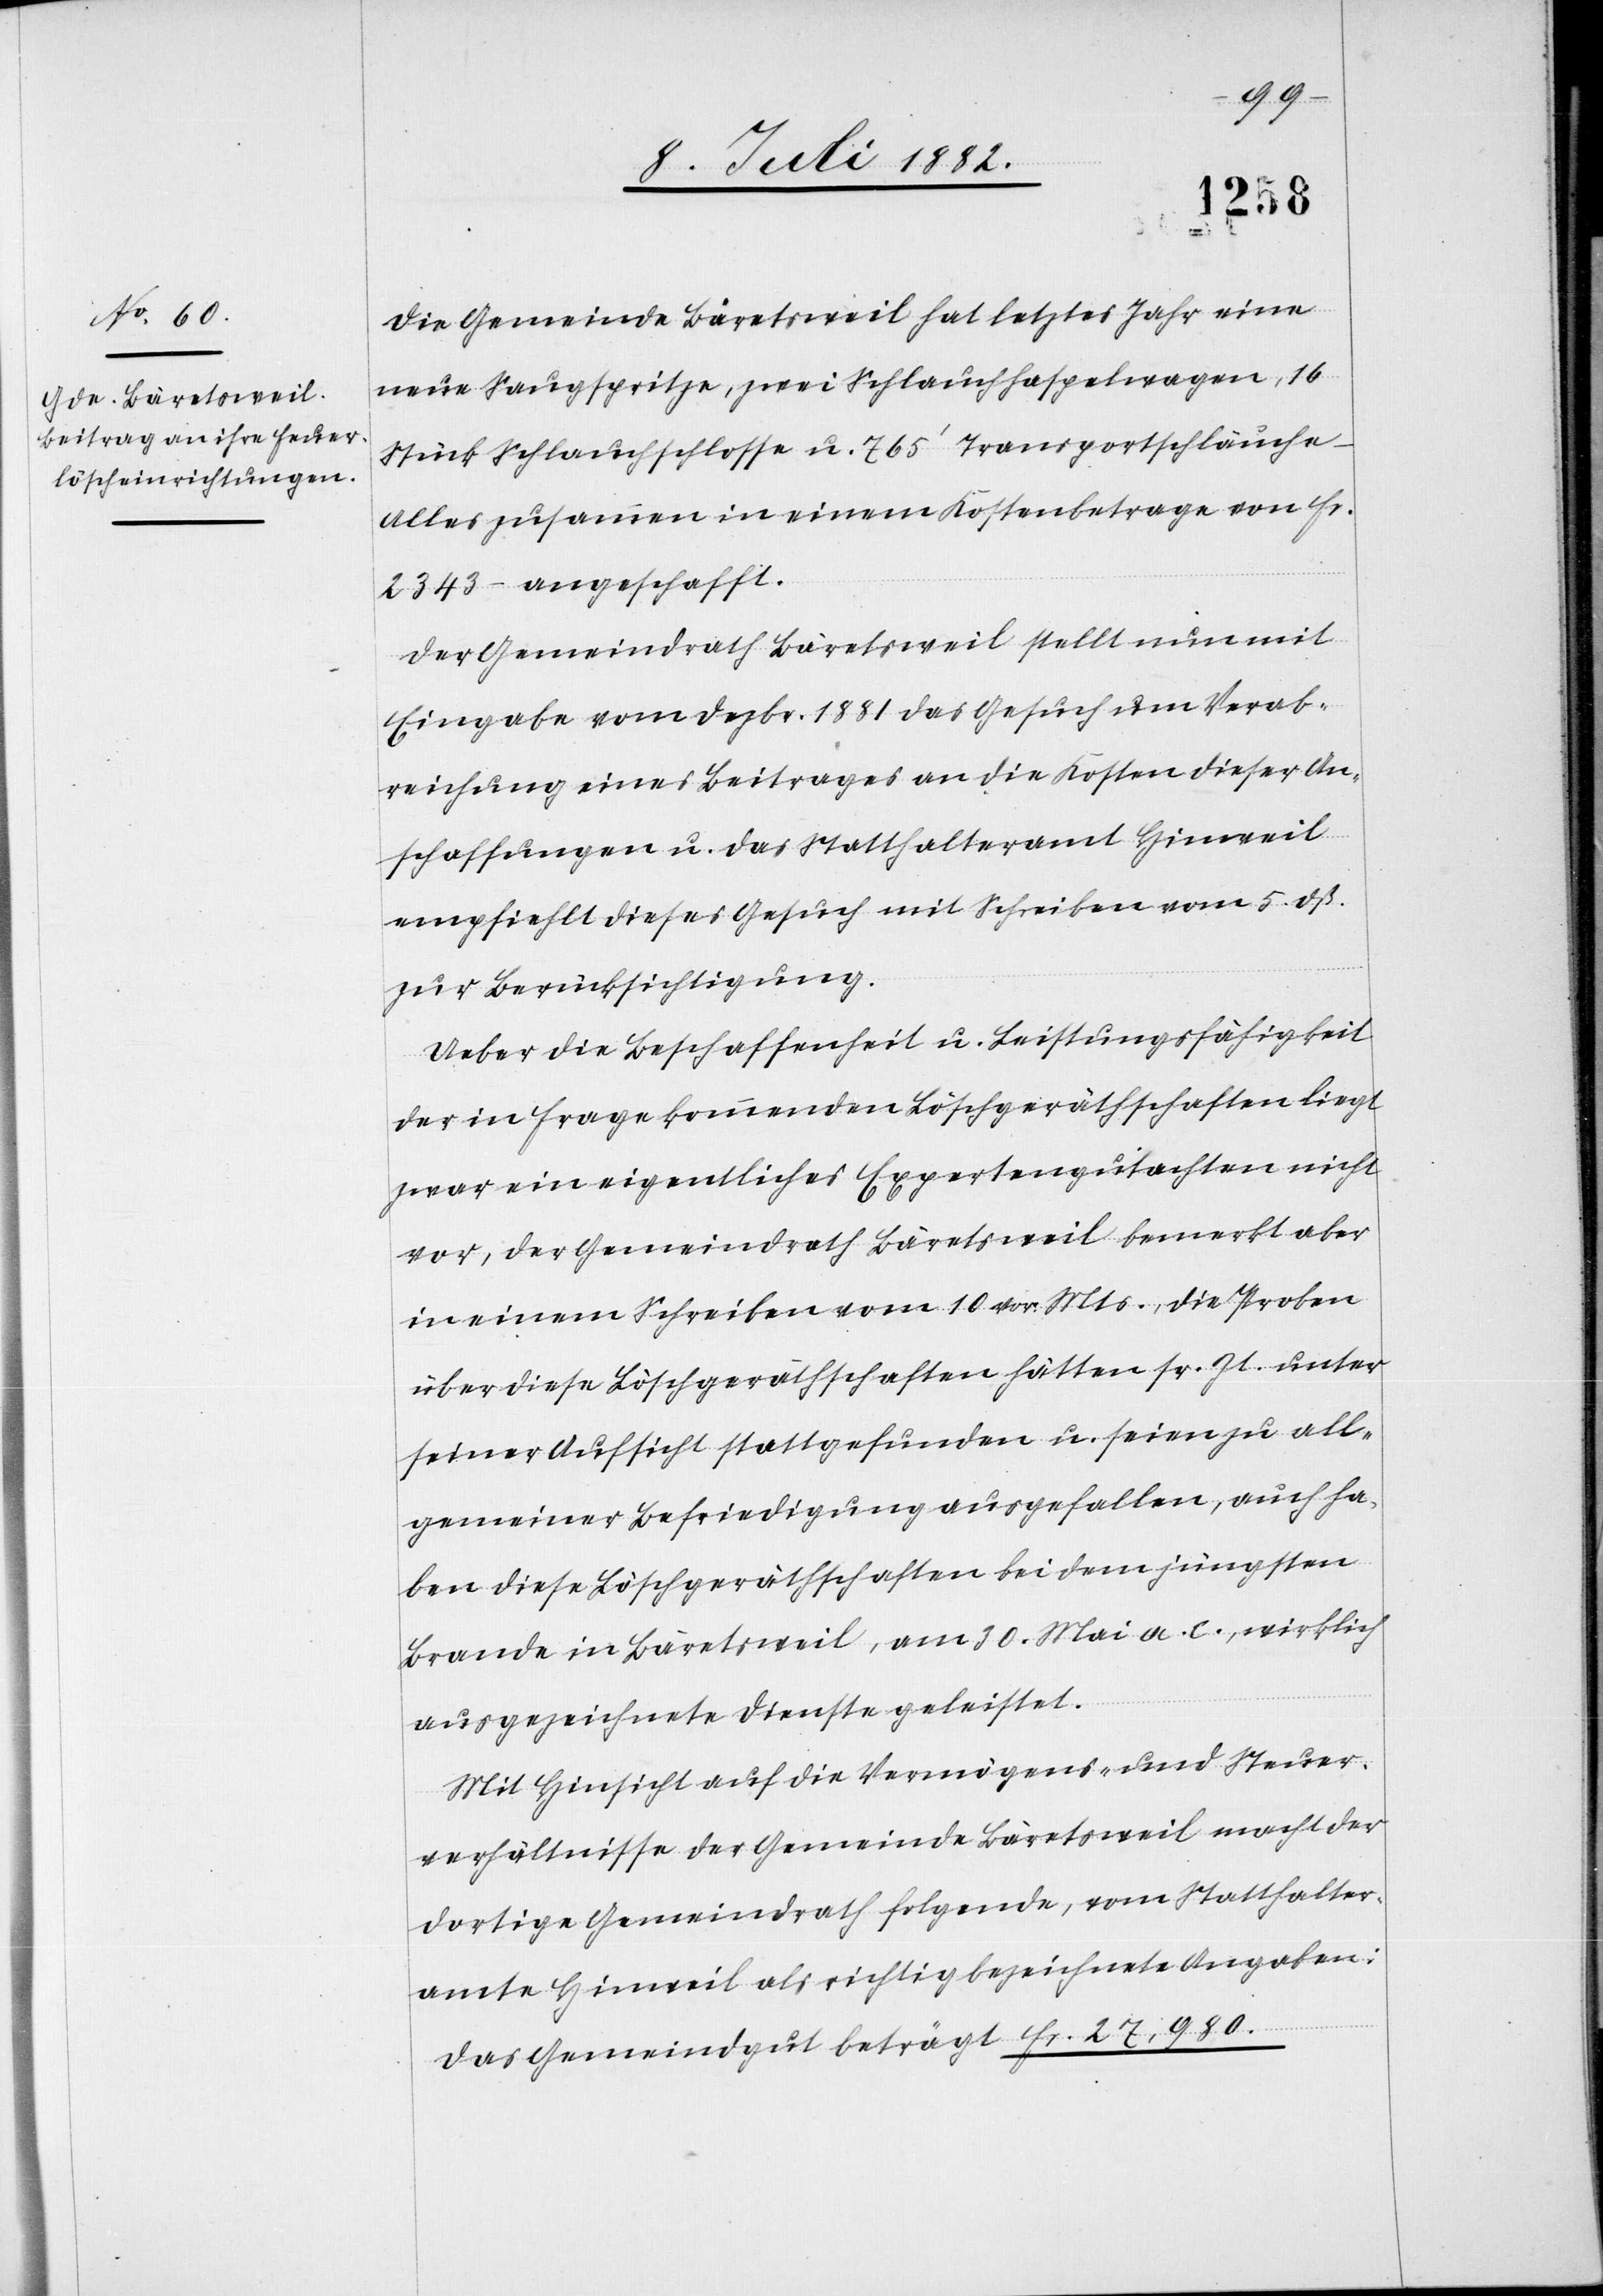
27,980.
Die Gemeinde Bäretsweil hat letztes Jahr eine
neue Saugspritze, zwei Schlauchhaspelwagen, 16
Stück Schlauchschlosse u. 765‘ Transportschläuche
Alles zusammen in einem Kostenbetrage von Fr.
2343 – angeschafft.
Der Gemeindrath Bäretsweil stellt nun mit
Eingabe vom Dezbr. 1881 das Gesuch um Verab¬
reichung eines Beitrages an die Kosten dieser An¬
schaffungen u. das Statthalteramt Hinweil
empfiehlt dieses Gesuch mit Schreiben vom 5. dß.
zur Berücksichtigung.
Ueber die Beschaffenheit u. Leistungsfähigkeit
der in Frage kommenden Löschgeräthschaften liegt
zwar ein eigentliches Expertengutachten nicht
vor, der Gemeindrath Bäretsweil bemerkt aber
in einem Schreiben vom 10. vor. Mts., die Proben
über diese Löschgeräthschaften hätten sr. Zt. unter
seiner Aufsicht stattgefunden u. seien zu all¬
gemeiner Befriedigung ausgefallen, auch ha¬
ben diese Löschgeräthschaften bei dem jüngsten
Brande in Bäretsweil, am 30. Mai a. c., wirklich
ausgezeichnete Dienste geleistet.
Mit Hinsicht auf die Vermögens- und Steuer¬
verhältnisse der Gemeinde Bäretsweil macht der
dortige Gemeindrath folgende, vom Statthalter¬
amte Hinweil als richtig bezeichnete Angaben: